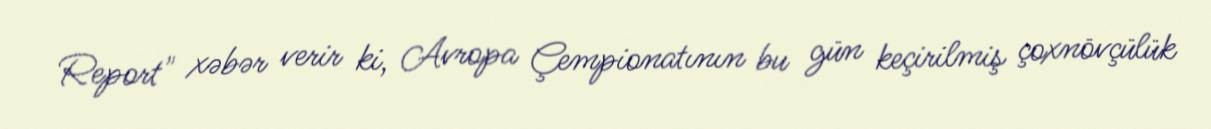
Report" xəbər verir ki, Avropa Çempionatının bu gün keçirilmiş çoxnövçülük